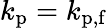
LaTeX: k_{\mathrm{p}}=k_{\mathrm{p,f}}